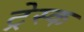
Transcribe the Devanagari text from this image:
ट्रेस्क